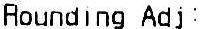
ROUNDING ADJ: